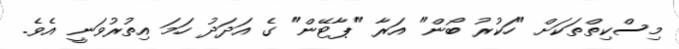
މިސްކިތްތަކަށް "ހަކުރު ބޯން" އަރާ "ޕާޓޭން" ގެ އަދަދު ހަމަ އިތުރުވަނީ އެވެ.